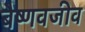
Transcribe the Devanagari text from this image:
बैष्णवजीव